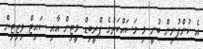
އެ ކުންފުނިން ބުނީ މި މަސައްކަތުގެ ޕްރީބިޑް މީޓިން އާއި ސައިޓް ވިޒިޓިން